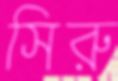
সিরু